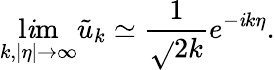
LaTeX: \operatorname*{l\mathit{i}m}_{k,|\eta|\rightarrow\infty}\tilde{{u}}_{k}\simeq\frac{{1}}{{\sqrt{}{{2k}}}}e^{-\mathit{i}k\eta}.